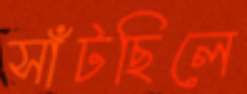
সাঁটছিলে